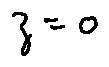
z = 0